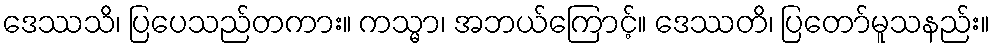
ဒေဿသိ၊ ပြပေသည်တကား။ ကသ္မာ၊ အဘယ်ကြောင့်။ ဒေဿတိ၊ ပြတော်မူသနည်း။